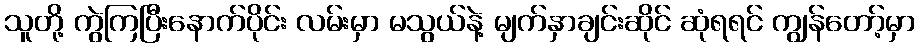
သူတို့ ကွဲကြပြီးနောက်ပိုင်း လမ်းမှာ မသွယ်နဲ့ မျက်နှာချင်းဆိုင် ဆုံရရင် ကျွန်တော့်မှာ